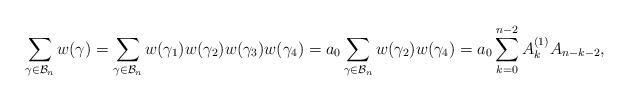
LaTeX: \begin{align*}\sum_{\gamma\in\mathcal{B}_{n}}w(\gamma)=\sum_{\gamma\in\mathcal{B}_{n}}w(\gamma_{1})w(\gamma_{2})w(\gamma_{3})w(\gamma_{4})=a_{0}\sum_{\gamma\in\mathcal{B}_{n}}w(\gamma_2)w(\gamma_4)=a_{0}\sum_{k=0}^{n-2} A_{k}^{(1)}A_{n-k-2},\end{align*}